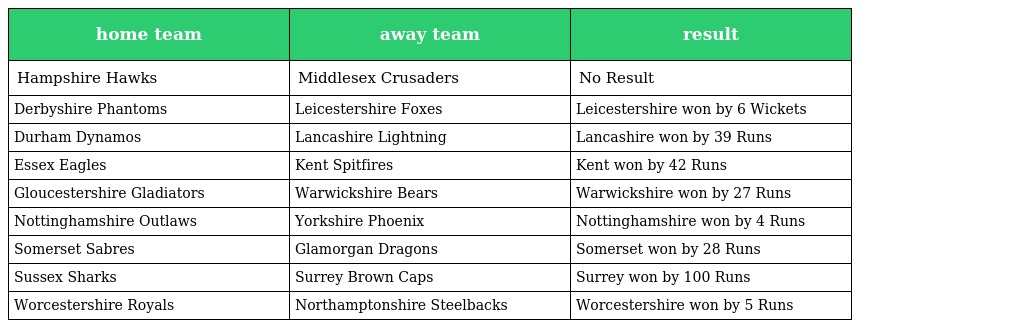
| home team | away team | result |
 | --- | --- | --- |
 | Hampshire Hawks | Middlesex Crusaders | No Result |
 | Derbyshire Phantoms | Leicestershire Foxes | Leicestershire won by 6 Wickets |
 | Durham Dynamos | Lancashire Lightning | Lancashire won by 39 Runs |
 | Essex Eagles | Kent Spitfires | Kent won by 42 Runs |
 | Gloucestershire Gladiators | Warwickshire Bears | Warwickshire won by 27 Runs |
 | Nottinghamshire Outlaws | Yorkshire Phoenix | Nottinghamshire won by 4 Runs |
 | Somerset Sabres | Glamorgan Dragons | Somerset won by 28 Runs |
 | Sussex Sharks | Surrey Brown Caps | Surrey won by 100 Runs |
 | Worcestershire Royals | Northamptonshire Steelbacks | Worcestershire won by 5 Runs |